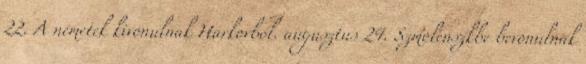
22. A németek kivonulnak Harkovból. augusztus 24. Szmolenszkbe bevonulnak